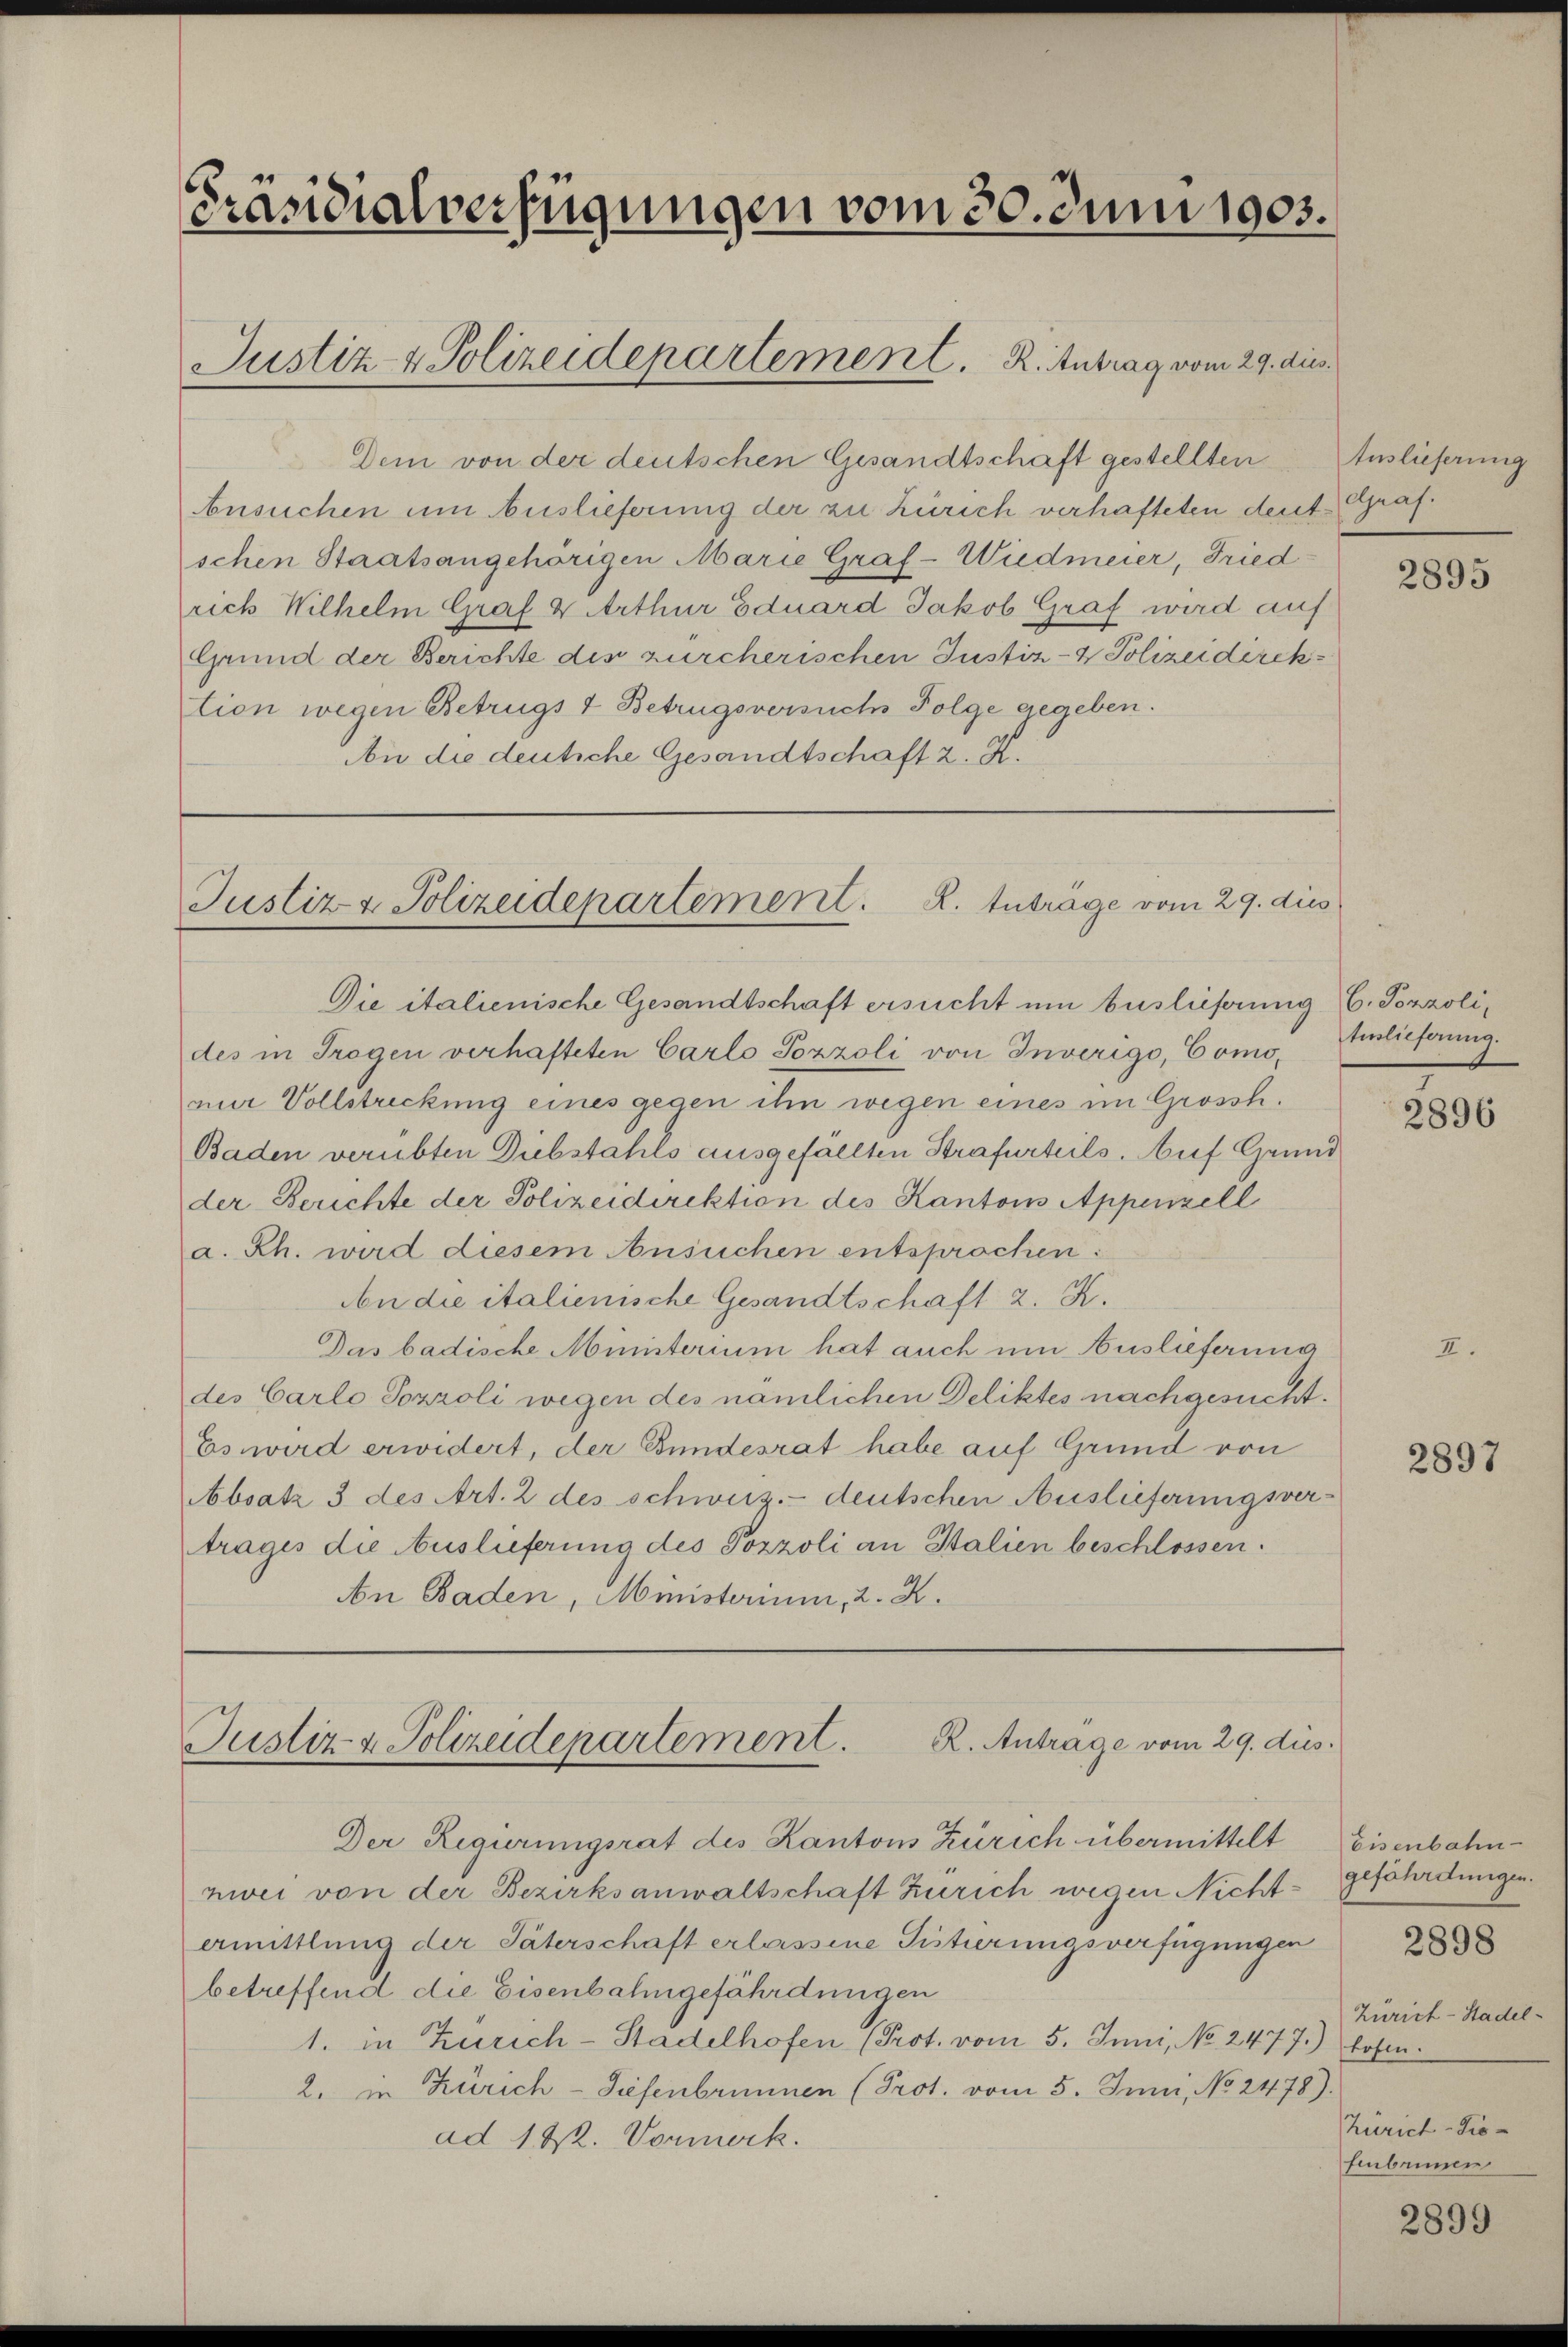
Präsidialverfügungen vom 30. Juni 1903.

Dem von der deutschen Gesandtschaft gestellten
Ansuchen um Auslieferung der zu Zürich verhafteten deut Graf
schen Staatsangehörigen Marie Graf- Wiedmeier, Fried
rich Wilhelm Graf & Arthur Eduard Jakob Graf wird auf
Grund der Berichte des zürcherischen Justiz- & Polizeidirektion wegen Betrugs 7 Betrugsversuchs Folge gegeben.
An die deutiche Gesandtschaft z. K.

Justiz- & Polizeidepartement. R. Antrag vom 29. dies

Die italienische Gesandtschaft ersucht um Auslieferung C. Pozzolides in Trogen verhafteten Carlo Pozzoli von Inverigo, Comomir Vollstreckung eines gegen ihn wegen eines im Grossh.
Baden verübten Diebstahls ausgefällten Strafurteils. Auf Grund
der Berichte der Polizeidirektion des Kantons Appenzell
a. Rh. wird diesem Ansuchen entsprochen:
An die italienische Gesandtschaft 2. K.
Das badische Ministerium hat auch um Auslieferung
des Carlo Sozzoli wegen des nämlichen Deliktes nachgesucht.
Es wird erwidert, der Bundesrat habe auf Grund von
Absatz 3 des Art. 2 des schweiz.- deutschen Auslieferungsver-
trages die Auslieferung des Pozzoli an Balien beschlossen.
An Baden, Ministerium, 2. X.

Justiz & Polizeidepartement. K. Anträge vom 29. dies

R. Anträge vom 29. dus.
Justiz- & Polizeidepartement.

Der Regierungsrat des Kantons Zürich übermittelt Eisenbahnzwei von der Bezirksanwaltschaft Zürich wegen Nichtermittlung der Täterschaft erlassene Pistierungsverfügungen
betreffend die Eisenbahngefährdungen
1. in Zürich-Stadelhofen (Prot. vom 5. Juni, No 2477.) Hosen.
2. in Zürich-Tiefenbrunnen (Prot. vom 5. Juni, No 2478).
ad 122. Vormerk.

Auslieferung

2895

tuslieferung.

2896

2897

gefährdungen.
Zürich-Stadel¬
Zürich-Tio-
fenbrunnen

2898

2899